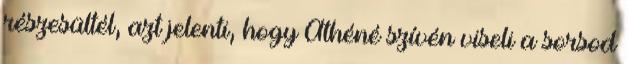
részesültél, azt jelenti, hogy Athéné szívén viseli a sorsod